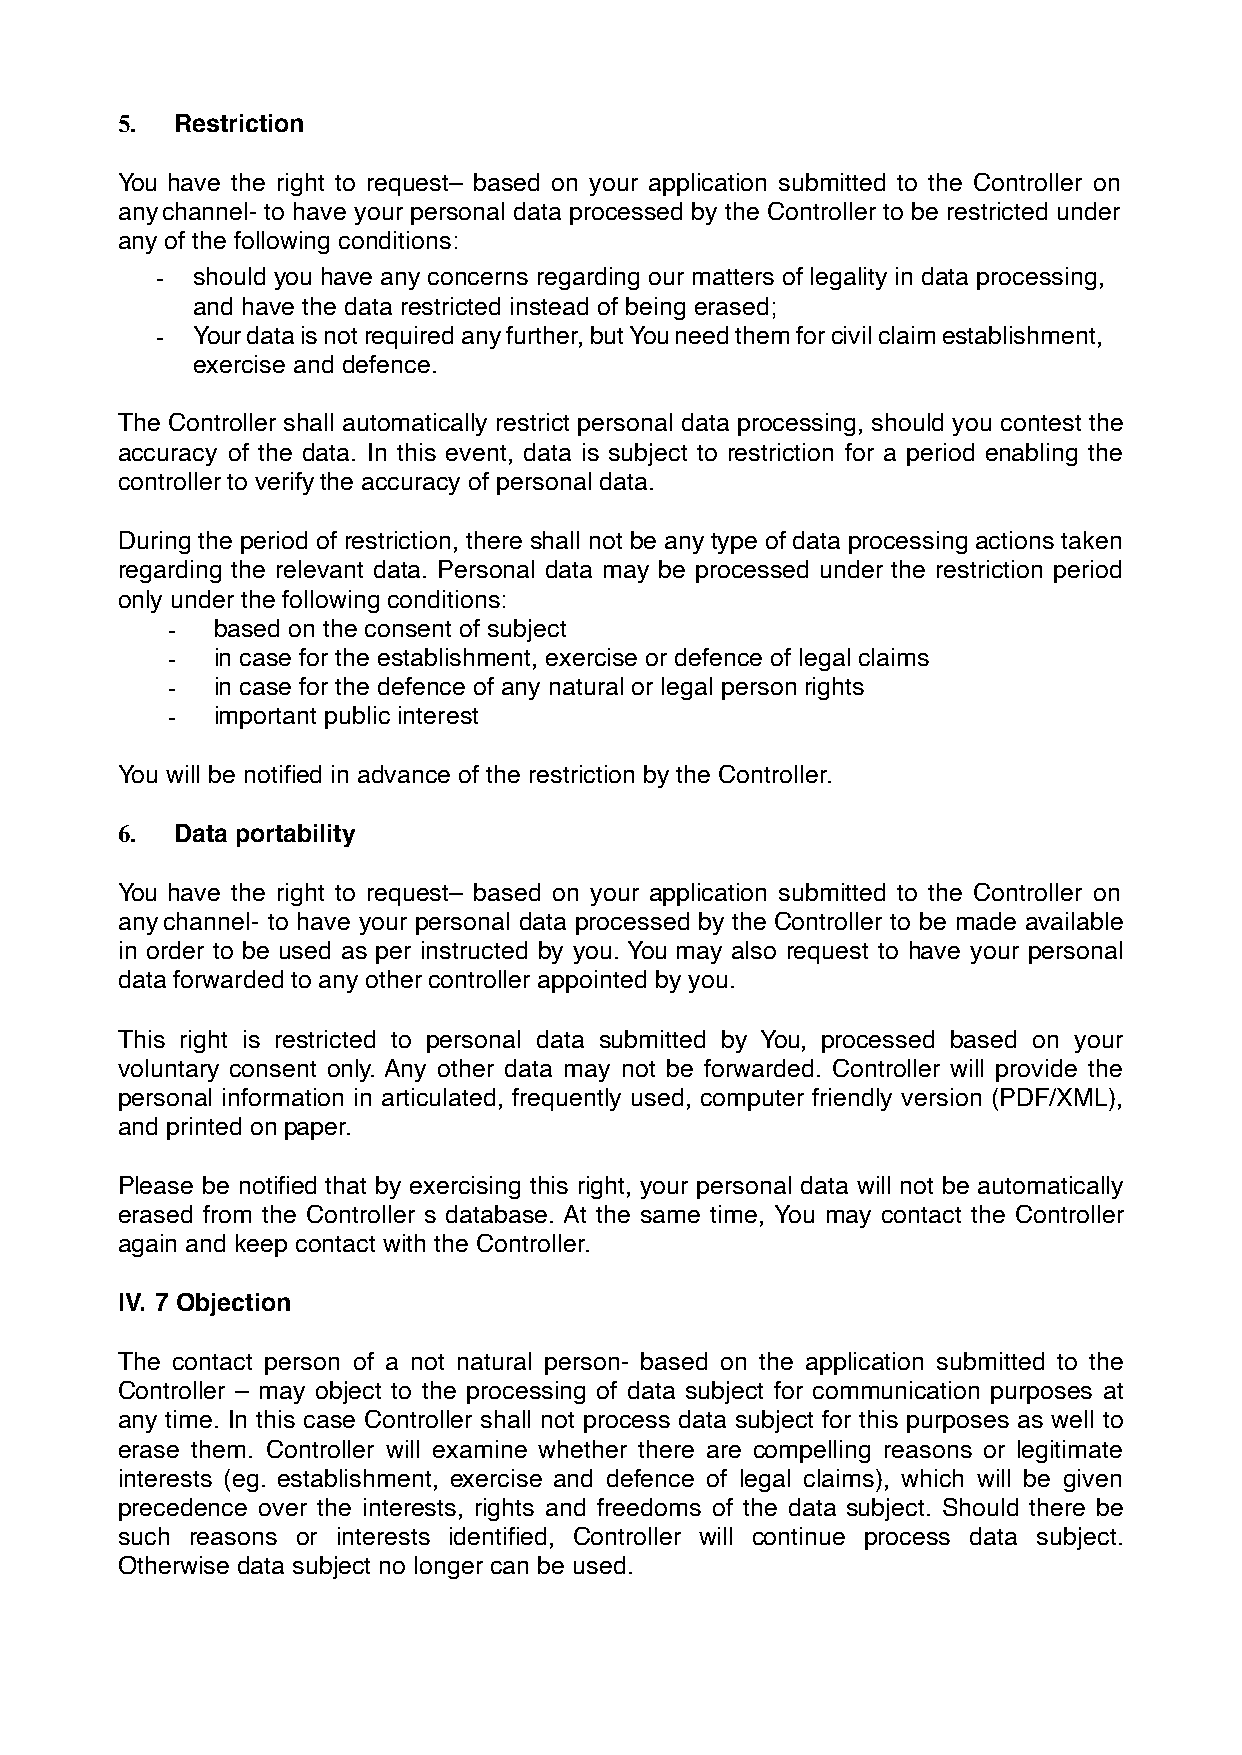
5.  Restriction
 You have the right to request– based on your application submitted to the Controller on
 any channel- to have your personal data processed by the Controller to be restricted under
 any of the following conditions:
 -  should you have any concerns regarding our matters of legality in data processing,
 and have the data restricted instead of being erased;
 -  Your data is not required any further, but You need them for civil claim establishment,
 exercise and defence.
 The Controller shall automatically restrict personal data processing, should you contest the
 accuracy of the data. In this event, data is subject to restriction for a period enabling the
 controller to verify the accuracy of personal data.
 During the period of restriction, there shall not be any type of data processing actions taken
 regarding the relevant data. Personal data may be processed under the restriction period
 only under the following conditions:
 -  based on the consent of subject
 -  in case for the establishment, exercise or defence of legal claims
 -  in case for the defence of any natural or legal person rights
 -  important public interest
 You will be notified in advance of the restriction by the Controller.
 6.  Data portability
 You have the right to request– based on your application submitted to the Controller on
 any channel- to have your personal data processed by the Controller to be made available
 in order to be used as per instructed by you. You may also request to have your personal
 data forwarded to any other controller appointed by you.
 This right is restricted to personal data submitted by You, processed based on your
 voluntary consent only. Any other data may not be forwarded. Controller will provide the
 personal information in articulated, frequently used, computer friendly version (PDF/XML),
 and printed on paper.
 Please be notified that by exercising this right, your personal data will not be automatically
 erased from the Controller s database. At the same time, You may contact the Controller
 again and keep contact with the Controller.
 IV. 7 Objection
 The contact person of a not natural person- based on the application submitted to the
 Controller – may object to the processing of data subject for communication purposes at
 any time. In this case Controller shall not process data subject for this purposes as well to
 erase them. Controller will examine whether there are compelling reasons or legitimate
 interests (eg. establishment, exercise and defence of legal claims), which will be given
 precedence over the interests, rights and freedoms of the data subject. Should there be
 such reasons or interests identified, Controller will continue process data subject.
 Otherwise data subject no longer can be used.